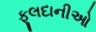
ફૂલદાનીઓ